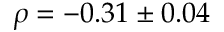
\rho = - 0 . 3 1 \pm 0 . 0 4